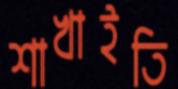
শাখাইতি